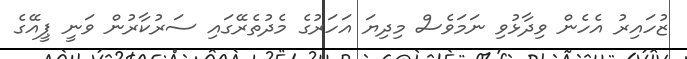
ޒުހައިރު އެހެން ވިދާޅުވި ނަމަވެސް މިދިޔަ އަހަރުގެ މެދުތެރޭގައި ސަރުކާރުން ވަނީ ޕީއޭގެ